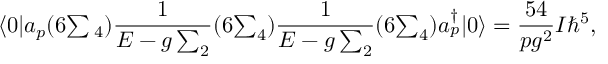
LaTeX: \langle 0 | a _ { p } ( 6 { \textstyle \sum { } _ { 4 } } ) { \frac { 1 } { E - g \sum _ { 2 } } } ( 6 { \textstyle \sum _ { 4 } } ) { \frac { 1 } { E - g \sum _ { 2 } } } ( 6 { \textstyle \sum _ { 4 } } ) a _ { p } ^ { \dagger } | 0 \rangle = { \frac { 5 4 } { p g ^ { 2 } } } I \hbar ^ { 5 } ,